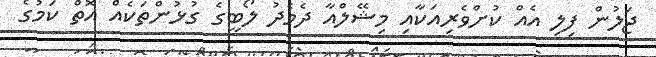
ޖަލުން ފިލި އެއް ކުށްވެރިއަކާއި މިޝޭލްއާ ދެމެދު ލޯބީގެ ގުޅުންތަކެއް އޮތް ކަމުގެ